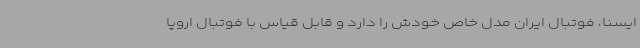
ایسنا، فوتبال ایران مدل خاص خودش را دارد و قابل قیاس با فوتبال اروپا